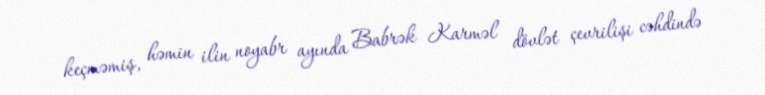
keçməmiş, həmin ilin noyabr ayında Babrək Karməl dövlət çevrilişi cəhdində